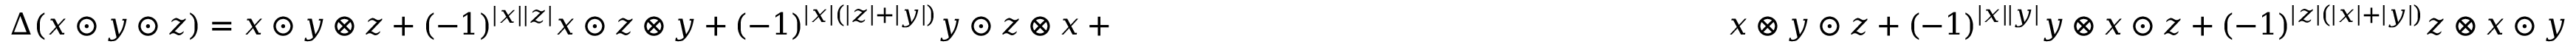
\Delta ( x \odot y \odot z ) = x \odot y \otimes z + ( - 1 ) ^ { | x | | z | } x \odot z \otimes y + ( - 1 ) ^ { | x | ( | z | + | y | ) } y \odot z \otimes x + \, \phantom { x x x x x x x x x x x x x x x x x x x x x x x x x x x x } x \otimes y \odot z + ( - 1 ) ^ { | x | | y | } y \otimes x \odot z + ( - 1 ) ^ { | z | ( | x | + | y | ) } z \otimes x \odot y